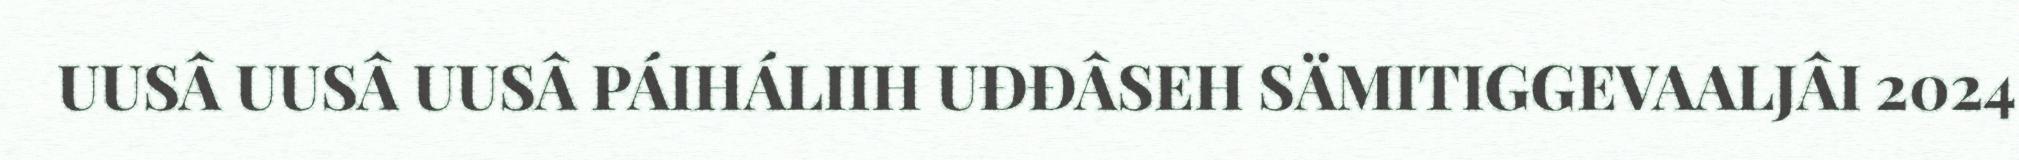
UUSÂ UUSÂ UUSÂ PÁIHÁLIIH UĐĐÂSEH SÄMITIGGEVAALJÂI 2024